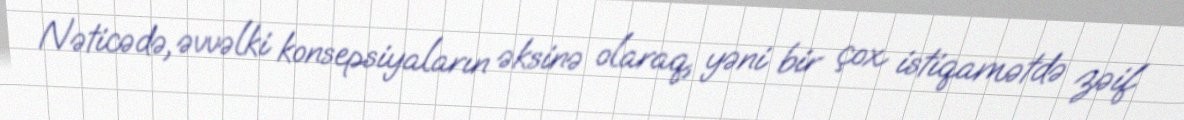
Nəticədə, əvvəlki konsepsiyaların əksinə olaraq, yəni bir çox istiqamətdə zəif